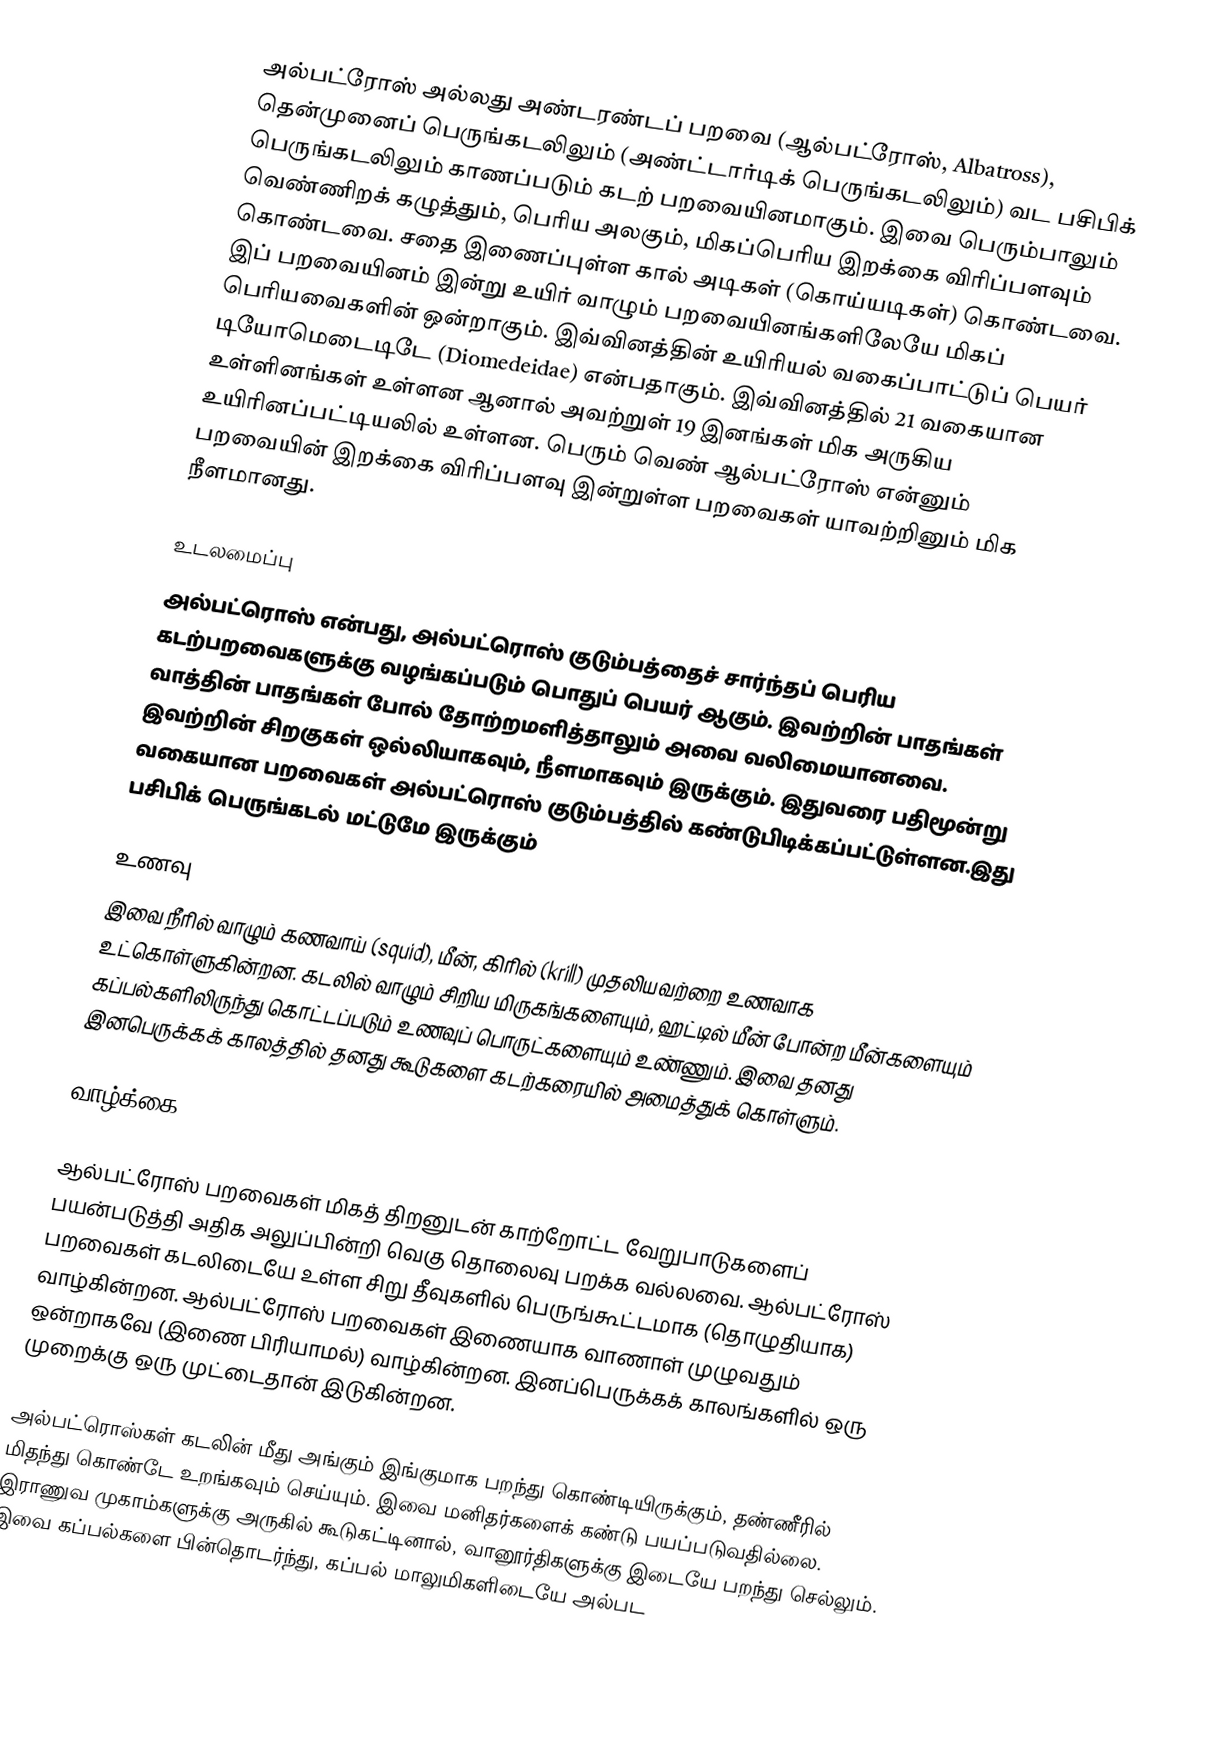
அல்பட்ரோஸ் அல்லது அண்டரண்டப் பறவை (ஆல்பட்ரோஸ், Albatross), தென்முனைப் பெருங்கடலிலும் (அண்ட்டார்டிக் பெருங்கடலிலும்) வட பசிபிக் பெருங்கடலிலும் காணப்படும் கடற் பறவையினமாகும். இவை பெரும்பாலும் வெண்ணிறக் கழுத்தும், பெரிய அலகும், மிகப்பெரிய இறக்கை விரிப்பளவும் கொண்டவை. சதை இணைப்புள்ள கால் அடிகள் (கொய்யடிகள்) கொண்டவை. இப் பறவையினம் இன்று உயிர் வாழும் பறவையினங்களிலேயே மிகப் பெரியவைகளின் ஒன்றாகும். இவ்வினத்தின் உயிரியல் வகைப்பாட்டுப் பெயர் டியோமெடைடிடே (Diomedeidae) என்பதாகும். இவ்வினத்தில் 21 வகையான உள்ளினங்கள் உள்ளன ஆனால் அவற்றுள் 19 இனங்கள் மிக அருகிய உயிரினப்பட்டியலில் உள்ளன. பெரும் வெண் ஆல்பட்ரோஸ் என்னும் பறவையின் இறக்கை விரிப்பளவு இன்றுள்ள பறவைகள் யாவற்றினும் மிக நீளமானது.

உடலமைப்பு
அல்பட்ரொஸ் என்பது, அல்பட்ரொஸ் குடும்பத்தைச் சார்ந்தப் பெரிய கடற்பறவைகளுக்கு வழங்கப்படும் பொதுப் பெயர் ஆகும். இவற்றின் பாதங்கள் வாத்தின் பாதங்கள் போல் தோற்றமளித்தாலும் அவை வலிமையானவை. இவற்றின் சிறகுகள் ஒல்லியாகவும், நீளமாகவும் இருக்கும். இதுவரை பதிமூன்று வகையான பறவைகள் அல்பட்ரொஸ் குடும்பத்தில் கண்டுபிடிக்கப்பட்டுள்ளன.இது பசிபிக் பெருங்கடல் மட்டுமே இருக்கும்

உணவு
இவை நீரில் வாழும் கணவாய் (squid), மீன், கிரில் (krill) முதலியவற்றை உணவாக உட்கொள்ளுகின்றன. கடலில் வாழும் சிறிய மிருகங்களையும், ஹட்டில் மீன் போன்ற மீன்களையும் கப்பல்களிலிருந்து கொட்டப்படும் உணவுப் பொருட்களையும் உண்ணும். இவை தனது இனபெருக்கக் காலத்தில் தனது கூடுகளை கடற்கரையில் அமைத்துக் கொள்ளும்.

வாழ்க்கை

ஆல்பட்ரோஸ் பறவைகள் மிகத் திறனுடன் காற்றோட்ட வேறுபாடுகளைப் பயன்படுத்தி அதிக அலுப்பின்றி வெகு தொலைவு பறக்க வல்லவை.  ஆல்பட்ரோஸ் பறவைகள் கடலிடையே உள்ள சிறு தீவுகளில் பெருங்கூட்டமாக (தொழுதியாக) வாழ்கின்றன. ஆல்பட்ரோஸ் பறவைகள் இணையாக வாணாள் முழுவதும் ஒன்றாகவே (இணை பிரியாமல்) வாழ்கின்றன. இனப்பெருக்கக் காலங்களில் ஒரு முறைக்கு ஒரு முட்டைதான் இடுகின்றன.

அல்பட்ரொஸ்கள் கடலின் மீது அங்கும் இங்குமாக பறந்து கொண்டியிருக்கும், தண்ணீரில் மிதந்து கொண்டே உறங்கவும் செய்யும். இவை மனிதர்களைக் கண்டு பயப்படுவதில்லை. இராணுவ முகாம்களுக்கு அருகில் கூடுகட்டினால், வானூர்திகளுக்கு இடையே பறந்து செல்லும். இவை கப்பல்களை பின்தொடர்ந்து,  கப்பல் மாலுமிகளிடையே அல்பட